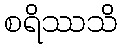
စရိဿသိ